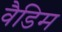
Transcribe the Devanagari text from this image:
वैडिम